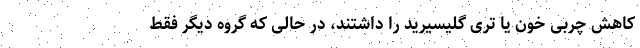
کاهش چربی خون یا تری گلیسیرید را داشتند، در حالی که گروه دیگر فقط